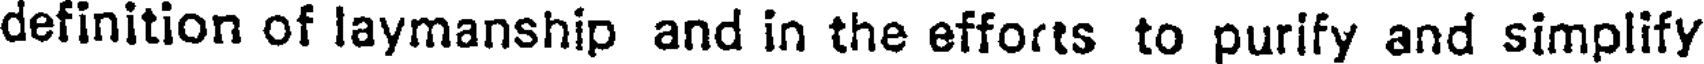
definition of laymanship and in the efforts to purify and simplify